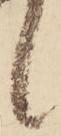
し